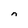
Character: n